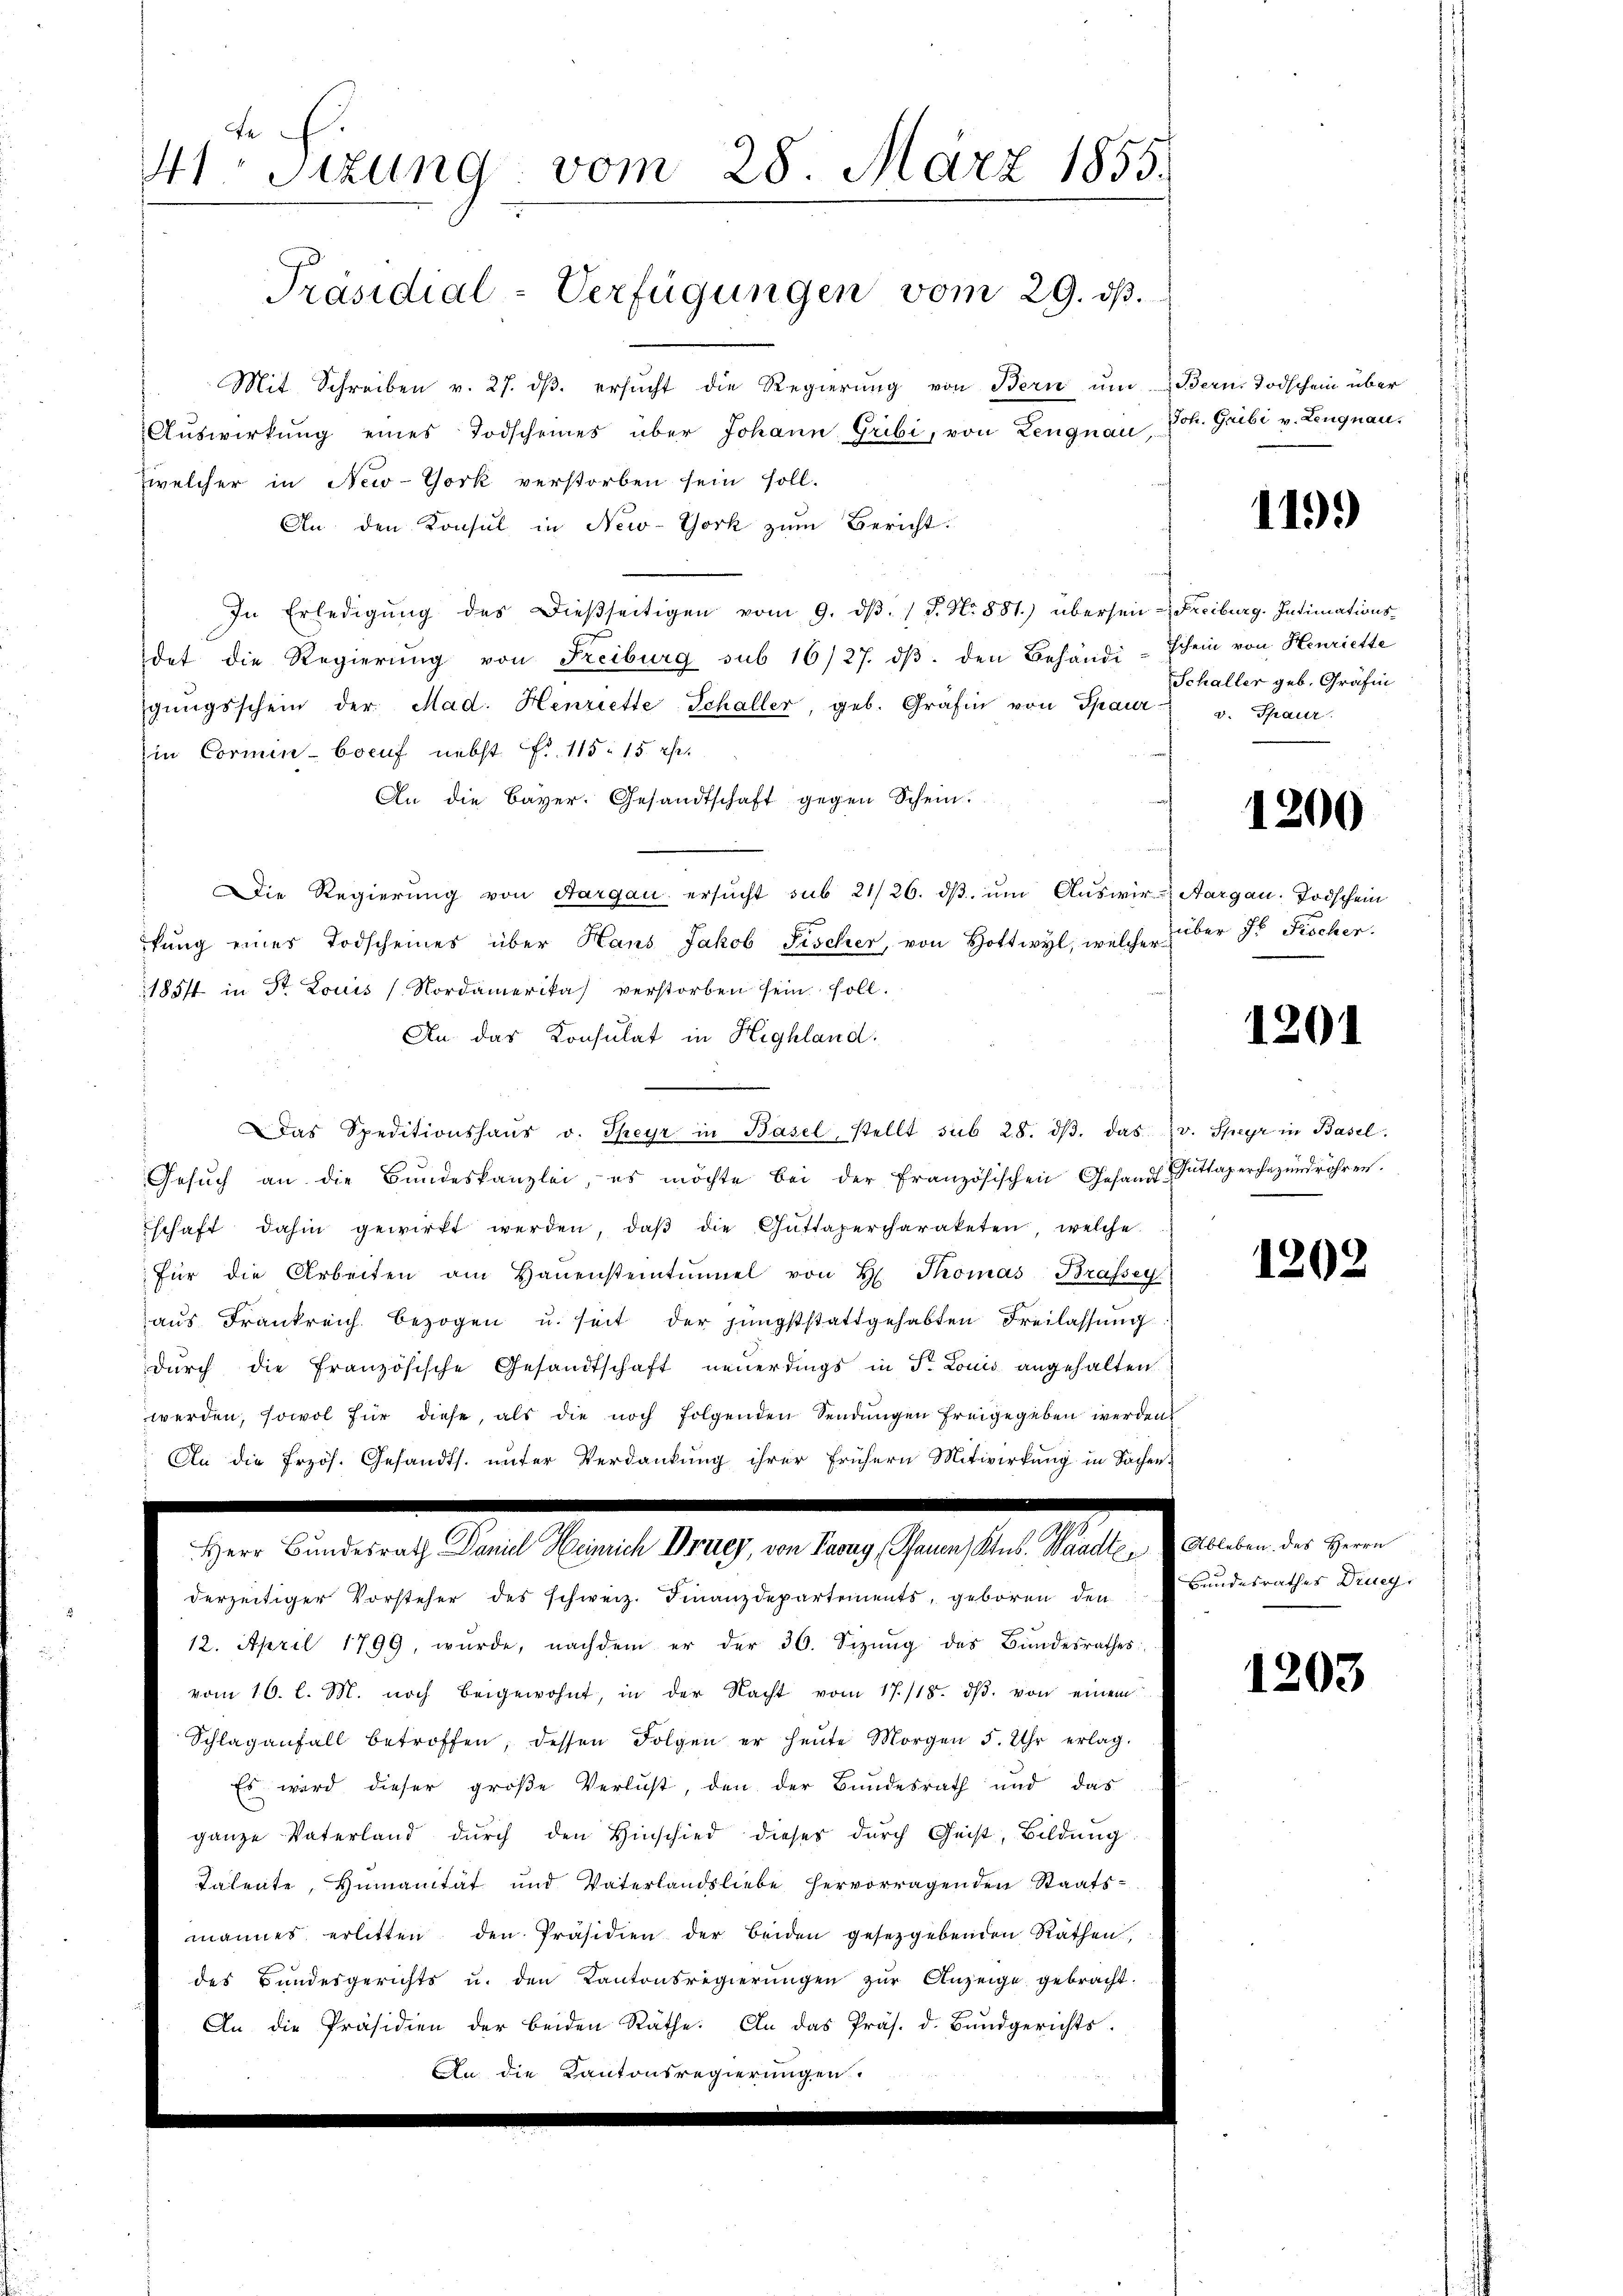
de
41. Sitzung vom 28. März 1855.
Präsidial-Verfügungen vom 29. dß.

Mit Schreiben v. 27. dβ. ersŭcht die Regierŭng von Bern um Bern Todschein über
Auswirkung eines Todscheines über Johann Gribi, von Lengnau,
Zwelcher in New-York verstorben sein soll.
An den Konsul in New-York zum Bericht:
In Erledigŭng des dießseitigen vom 9. dβ. " J. N. 881.) übersein Freiburg. Intimationsdat die Regierung von Freiburg sub 16/27. dβ. den Behändi-Schein von Henriette
gŭngsschein der Mad. Henriette Schaller, geb. Gräfin von Spaur v. Spaur.
Ein Cormin-Coruf nebst Fr. 115. 15. r.
An die Bayer. Gesandtschaft gegen Schein.
Die Regierung von Aargau ersŭcht sub 21/26. dβ ŭm Auswir- Aargau, Todschein
fŭng eines Todscheines über Hans Jakob Fischer, von Hottwyl, welcher
1851 in St. Louis (Nordamerika verstorben sein soll.
An das Konsulat in Highland.
Das Speditionshaŭs v. Steyr in Basel, stellt sub 28. dβ. das v. Speyr in Basel.
Gesŭch an die Bŭndeskanzlei, es möchte bei der französischen Gesandt-Guttapercezŭndröhren.
schaft dahin gewirkt werden, daβ die Guttapercharaketen, welche
für die Arbeiten am Haŭensteintŭmel von H. Thomas-Brafsey
aŭs Frankreich bezogen u. seit der jüngststattgehabten Freilassung
dŭrch die Französische Gesandtschaft neuerdings in Fr. Louis angehalten
werden, sowol für diese, als die noch folgenden Sendŭngen freigegeben werden
An die Przös. Gesandts. unter Verdankung ihrer frühern Mitwirkung in Sachen¬

.

derzeitiger Vorsteher des schweiz. Finanzdepartements, geboren den
12. April 1799, würde, nachdem er der 36. Sizŭng des Bundesrathes
vom 16. l. M. noch beigewohnt, in der Nacht vom 17./18. dβ. von einem
Schlaganfall betroffen, dessen Folgen er heute Morgen 5. Uhr erlag.
Es wird dieser große Verlust, den der Bundesrath und das
ganze Vaterland dŭrch den Hinschied dieses durch Geist, Bildung
Tatente, Humanität und Vaterlandsliebe hervorragenden Staats-
mannes erlitten den Präsidien der beiden gesetzgebenden Räthen,
des Bundesgerichts u. den Kantonsregierungen zur Anzeige gebracht.
An die Präsidien der beiden Räthe. An das Präs. d. Bŭndgerichts-
An die Kantonsregierungen.

Joh. Gribi v. Lengnau.

1199)

Schaller geb. Gräfin

1200

über Fr. Kocher.

1201

1202

Ableben des Herrn
Bundesrathes Druc

1203